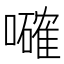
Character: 𡃜